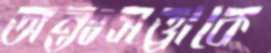
অন্তঃসত্ত্বাকে